Problem: 50 + 80 = ?
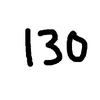
Handwritten answer: 130